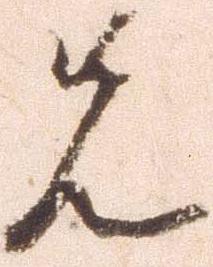
先